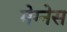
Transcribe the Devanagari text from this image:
मेग्नेस